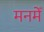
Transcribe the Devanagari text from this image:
मनमेँ